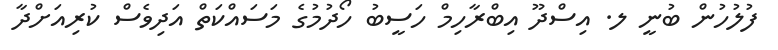
ފުލުހުން ބުނީ ލ. އިސްދޫ އިބްރާހިމް ހަސީބު ހޯދުމުގެ މަސައްކަތް އަދިވެސް ކުރިއަށްދާ